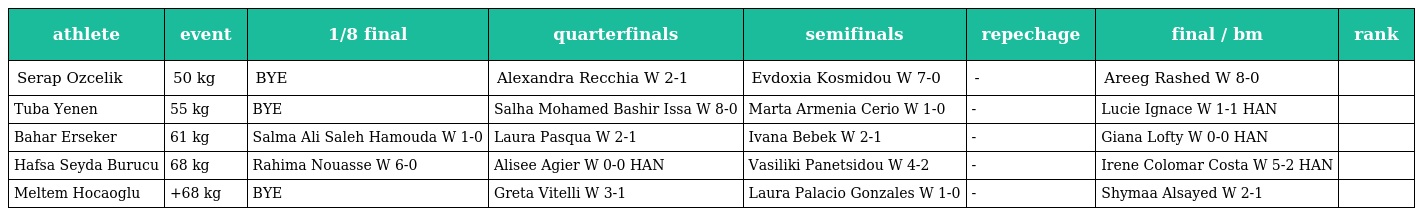
| athlete | event | 1/8 final | quarterfinals | semifinals | repechage | final / bm | rank |
 | --- | --- | --- | --- | --- | --- | --- | --- |
 | Serap Ozcelik | 50 kg | BYE | Alexandra Recchia W 2-1 | Evdoxia Kosmidou W 7-0 | - | Areeg Rashed W 8-0 |  |
 | Tuba Yenen | 55 kg | BYE | Salha Mohamed Bashir Issa W 8-0 | Marta Armenia Cerio W 1-0 | - | Lucie Ignace W 1-1 HAN |  |
 | Bahar Erseker | 61 kg | Salma Ali Saleh Hamouda W 1-0 | Laura Pasqua W 2-1 | Ivana Bebek W 2-1 | - | Giana Lofty W 0-0 HAN |  |
 | Hafsa Seyda Burucu | 68 kg | Rahima Nouasse W 6-0 | Alisee Agier W 0-0 HAN | Vasiliki Panetsidou W 4-2 | - | Irene Colomar Costa W 5-2 HAN |  |
 | Meltem Hocaoglu | +68 kg | BYE | Greta Vitelli W 3-1 | Laura Palacio Gonzales W 1-0 | - | Shymaa Alsayed W 2-1 |  |